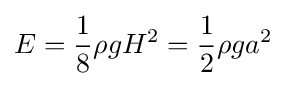
E={\frac {1}{8}}\rho gH^{2}={\frac {1}{2}}\rho ga^{2}